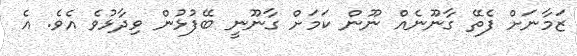
ޒަމާނަށް ފެތޭ ގާނޫނެއް ނޫން ކަމަށް ގާނޫނީ ބޭފުޅުން ވިދާޅުވެ އެވެ. އެ